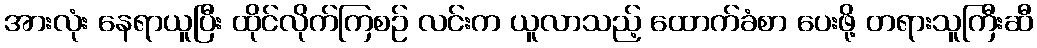
အားလုံး နေရာယူပြီး ထိုင်လိုက်ကြစဉ် လင်းက ယူလာသည့် ထောက်ခံစာ ပေးဖို့ တရားသူကြီးဆီ